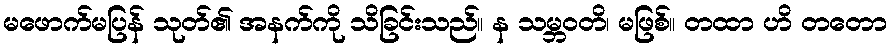
မဖောက်မပြန် သုတ်၏ အနက်ကို သိခြင်းသည်။ န သမ္ဘဝတိ၊ မဖြစ်။ တထာ ဟိ တတော